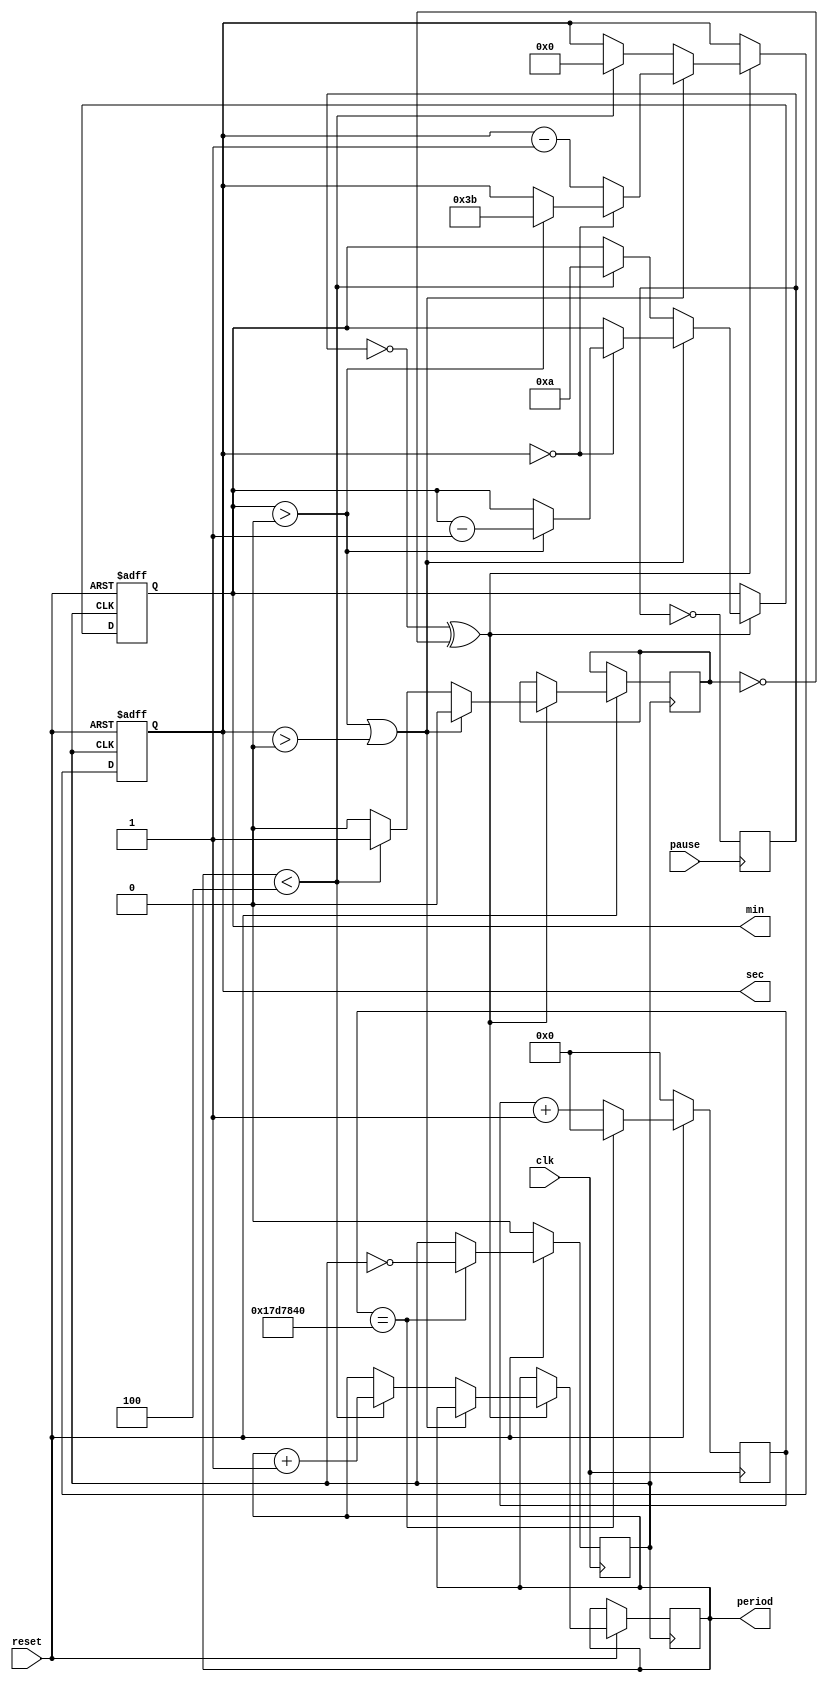
module timer(clk,pause,min,sec,reset,period);
input clk,pause,reset;
output reg [10:0] min,sec;
output reg [10:0] period;

reg [31:0] tick;
reg clkt,p,stop;
wire reset_n=~reset;
always @(posedge clk)
begin
	 if (reset_n) begin
        tick <= 0;
        clkt <= 0;
    end else begin
        tick <= tick + 1;
        if (tick == 25000000) begin	//tick=25000000
            clkt <= ~clkt;
            tick <= 0;
        end
    end
end
always @(posedge pause) begin
	p <= ~p;
end

always @(posedge clkt or posedge reset_n) begin
    if (reset_n) begin
        min <= 10;
        sec <= 0;
    end else begin   
        if (!p^!stop) begin
		  stop=0;
            if (min > 0 || sec > 0) begin
                if (sec == 0) begin
                    if (min > 0) begin
                        min <= min - 1;
                        sec <= 59;
                    end
                end else begin
                    sec <= sec - 1;
                end
            end else if (period<4) begin period<=period + 1; min<=10; sec<=0; stop=1;  end
        end
    end
	 //if ((min==0) && (sec==0) && (period<5)) period= period+1;
end

initial begin
    min <= 10;
    sec <= 0;
	 clkt = 0;
	 period <=1;
end
endmodule